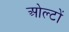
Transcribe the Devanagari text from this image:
ओल्टों